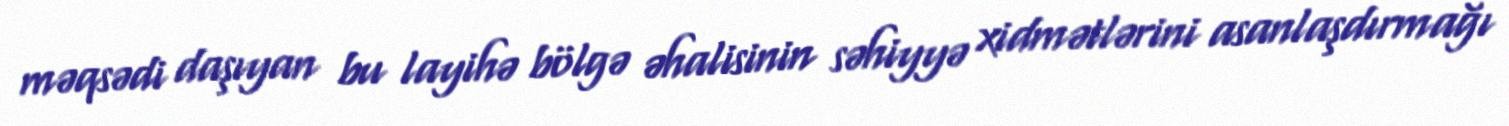
məqsədi daşıyan bu layihə bölgə əhalisinin səhiyyə xidmətlərini asanlaşdırmağı